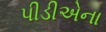
પીડીએના